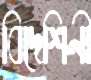
বিদেশিনী